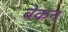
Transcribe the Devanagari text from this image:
वेकन